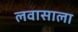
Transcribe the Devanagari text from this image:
लवासाला